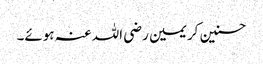
حسنین کریمین رضی اللہ عنہ ہوئے۔